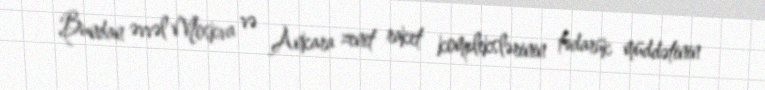
Bundan əvvəl Moskva və Ankara zenit raket komplekslərinin tədarük müddətinin